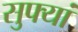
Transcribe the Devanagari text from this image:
सुफ्यां